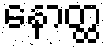
နောတ္ထ